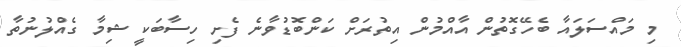
މި މައްސަލައާ ބެހޭގޮތުން އާއްމުން އިތުރަށް ކަންބޮޑުވާނެ ފެށި ހިސާބަކީ ޝިމާ ގެއްލުނުތާ